Report on sanitation, dispensaries, and jails in Rajputana for 1921, and on vaccination for the year 1921-1922 - 1921-1922
Year: 1921
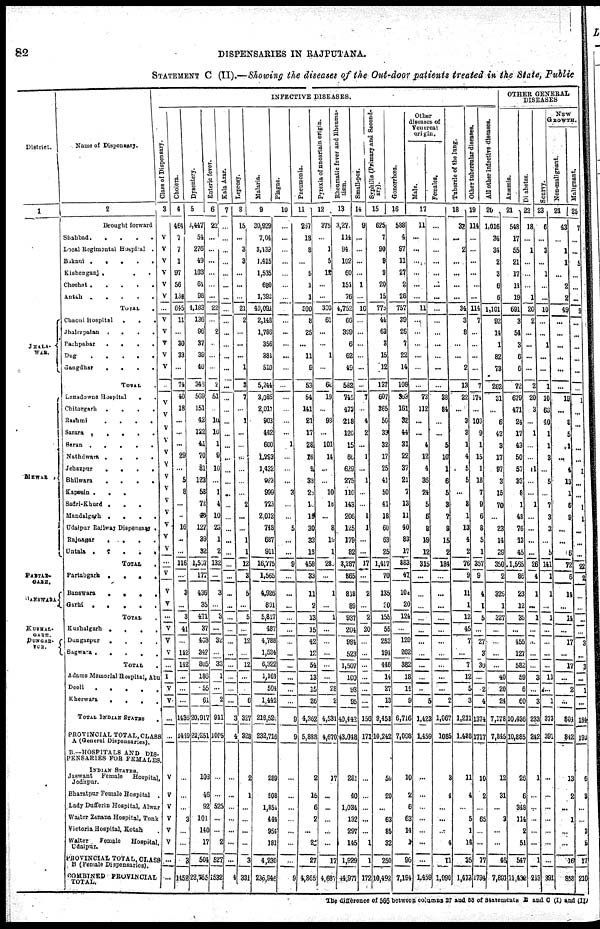
82
DISPENSARIES IN RAJPUTANA.
STATEMENT C (II).—Showing the diseases of the Out-door patients treated in the State, Public
District.
1
JHALA¬
WAR.
MEWAR .
PARTAB¬
GARH.
BANSWARA
KUSHAL¬
GARH.
DUNGAR¬
PUR.
Name of Dispensary.
2
Brought forward
Shahbad
.....
Local Regimental Hospital .
Bikani
Kishenganj ....
Chechat .
.
.
.
.
Antah
.....
TOTAL.
Chaoni Hospital
...
Jhalrapatan
.
.
.
.
Pachpahar
.
.
.
.
Dug
.....
Gangdhar
.
.
.
.
TOTAL.
Lansdowne Hospital
. .
Chitorgarh
.
.
.
.
Rashmi
.
.
.
.
Sarara .
.
.
.
.
Saran .
.
.
.
.
Nathdwara
.
.
.
.
Jehazpur
....
Bhilwara
.
.
.
.
Kapesin ......
Sadri-Khurd ....
Mandalgarh
.
.
.
.
Udaipur Railway Dispensary .
Rajnagar
.
.
.
.
Untala
.....
TOTAL.
Partabgarh
.
.
.
.
Banswara
....
Garhi .....
TOTAL .
Kushalgarh
....
Dungarpur
.
.
.
.
Sagwara
.....
TOTAL .
Adams Memorial Hospital, Abu
Deoli
.....
Kherwara
....
TOTAL INDIAN STATES .
PROVINCIAL TOTAL,CLASS
A (General Dispensaries).
B.—HOSPITALS AND DIS¬
PENSARIES FOR FEMALES.
INDIAN STATES.
Jaswant
Female
Hospital,
Jodhpur.
Bharatpur Female Hospital .
Lady Dufferin Hospital, Alwar
Walter Zenana Hospital, Tonk
Victoria Hospital, Kotah .
Walter
Female
Hospital,
Udaipur.
PROVINCIAL TOTAL, CLASS
B (Female Dispensaries).
COMBINED PROVINCIAL
TOTAL.
INFECTIVE DISEASES.
Class of Dispensary.
3
V
V
V
V
V
V
...
V
V
V
V
V
...
V
V
V
V
V
V
V
V
V
V
V
V
V
V
...
V
V
V
...
V
V
V
...
I
V
V
...
...
V
V
V
V
V
V
...
...
Cholera.
4
464
7
7
1
97
56
138
645
11
...
30
33
...
74
40
18
...
...
...
29
...
5
8
...
...
16
...
...
116
...
3
...
3
41
...
142
142
...
...
...
1436
1449
...
...
...
3
...
...
3
1452
Dysentery.
5
3,447
54
276
49
103
61
98
4,183
136
96
37
39
40
348
569
151
42
122
41
70
81
123
58
72
40
127
39
32
1,567
177
436
35
471
37
463
342
805
186
55
61
20,917
22,251
103
46
92
101
140
17
504
22,755
Enteric fever.
6
22
...
...
...
...
...
...
22
...
2
...
...
...
2
51
...
10
10
1
9
10
...
1
4
10
23
1
2
132
...
3
...
3
...
32
...
33
1
...
2
941
1005
...
...
525
...
...
2
527
1532
Kala Azar.
7
...
...
...
...
...
...
...
...
...
...
...
...
...
...
...
...
...
...
...
...
...
...
...
...
...
...
...
...
...
...
...
...
...
...
...
...
...
...
...
...
3
4
...
...
...
...
...
...
...
4
Leprosy.
8
15
...
3
3
...
...
...
21
2
...
...
...
1
3
7
...
1
...
...
...
...
...
...
2
...
...
1
1
12
3
5
...
5
...
12
...
12
...
...
6
327
328
2
1
...
...
...
...
3
331
Malaria.
9
30,929
7,04
3,439
1,415
1,535
680
1,392
40,094
2,148
1,786
356
384
510
5,244
3,085
2,017
903
442
600
1,293
1,432
923
999
723
2,012
748
687
911
16,775
1,565
4,926
891
5,817
487
4,788
1,534
6,322
1,161
504
1,442
218,520
232,716
289
508
1,854
444
954
181
4,230
236,946
Plague.
10
...
...
...
...
...
...
...
...
...
...
...
...
...
...
...
...
...
...
1
...
...
...
3
...
...
5
...
...
9
...
...
...
...
...
...
...
...
...
...
...
9
9
...
...
...
...
...
...
....
9
Pneumonia.
11
267
18
8
...
5
1
1
300
8
25
...
11
9
53
54
141
21
17
28
16
9
38
25
10
18
30
33
13
458
33
11
2
13
15
42
12
54
13
15
26
4,362
5,888
2
15
6
2
...
21
27
4,865
Pyrexia of uncertain origin.
12
375
...
1
5
12
...
...
393
61
...
...
1
...
62
19
...
93
...
101
14
...
...
10
18
...
8
16
11
285
...
1
...
1
...
...
...
...
...
28
2
4,534
4,670
17
...
...
...
...
...
17
4,887
Rheumatic fever and Rheuma-
tism.
13
3,271
114
94
102
60
154
76
4,752
66
399
6
62
49
582
746
473
218
120
15
66
629
275
110
143
206
125
179
32
3,387
865
848
89
937
204
984
523
1,507
100
93
95
40,442
43,048
281
40
1,034
132
297
145
1,929
44,977
Small-pox.
14
9
...
...
...
...
1
...
10
...
...
...
...
...
...
7
...
4
2
...
1
...
1
...
...
1
1
...
...
17
...
2
...
2
20
...
...
...
...
...
...
156
171
...
...
...
...
...
1
1
172
Syphilis (Primary and Second-
ary).
15
625
7
90
9
9
20
15
775
44
63
3
15
12
137
607
365
50
33
32
17
25
41
50
41
18
60
63
25
1,417
70
135
20
155
55
252
194
446
14
27
13
9,458
10,242
50
20
...
63
85
32
250
10,492
Gonorrhœa.
16
588
4
97
11
27
2
28
757
39
26
7
22
14
108
363
161
38
44
31
22
37
21
7
13
11
40
83
17
383
47
104
20
124
...
120
262
382
18
14
9
6,716
7,098
10
2
6
63
14
1
96
7,194
OTHER GENERAL
DISEASES
Other
diseases of
Venereal
origin.
Male.
Females.
17
11
...
...
...
...
...
...
11
...
...
...
...
...
...
73
112
...
...
4
12
4
36
24
5
6
8
19
12
315
...
...
...
...
...
...
...
...
...
...
5
1,423
1,459
....
...
...
...
...
...
...
1,459
...
...
...
...
...
...
...
...
...
...
...
...
...
...
38
34
...
...
5
10
1
6
5
3
7
9
15
2
184
...
...
...
...
...
...
...
...
...
...
2
1,067
1085
3
4
...
...
...
4
11
1,090
Tubercle of the lung.
18
32
...
2
...
...
...
...
34
3
8
...
...
2
13
22
...
3
3
1
4
5
5
...
3
1
13
4
2
76
9
11
1
12
45
7
...
7
12
5
3
1,211
1,438
11
4
...
5
1
14
35
1,478
Other tubercular diseases.
19
114
...
...
...
...
...
...
114
7
...
...
...
...
7
174
...
103
9
1
15
1
18
7
9
6
8
5
1
357
9
4
1
5
...
27
3
30
...
2
4
1374
1717
10
2
...
65
...
...
77
1794
All other infective diseases.
20
1,016
34
34
2
3
6
6
1,101
92
14
1
82
73
262
31
...
6
42
3
17
97
3
15
70
...
23
14
29
350
2
326
1
327
...
...
...
...
40
20
24
7,178
7,845
12
31
...
3
...
...
46
7,891
Anæmia.
21
548
17
55
21
17
14
19
691
3
54
3
6
6
72
679
471
24
17
43
50
57
33
8
1
48
76
13
45
1,565
86
23
12
35
...
455
127
582
59
6
60
10,436
10,885
26
6
348
114
2
51
547
11,432
Diabetes.
22
18
...
1
...
...
...
1
20
2
...
...
...
...
2
20
3
...
1
...
...
11
...
...
1
...
...
...
...
26
4
1
...
1
...
...
...
...
3
...
3
233
242
1
...
...
...
...
...
1
213
Scurvy.
23
6
...
3
...
1
...
...
10
...
...
1
...
...
1
10
63
40
1
1
3
...
5
...
7
3
3
...
5
141
1
1
...
1
...
...
...
...
13
...
1
373
391
...
...
...
...
...
...
...
391
NEW
GROWTH.
Non-malignant.
24
43
...
1
1
...
2
2
49
...
...
...
...
...
...
19
...
8
5
1
...
4
13
1
6
9
...
...
6
72
6
14
...
14
...
17
...
17
...
2
...
804
342
13
2
...
1
...
...
16
858
Malignant.
25
7
...
...
5
...
...
...
9
...
...
...
...
...
...
1
...
...
...
...
...
1
...
...
1
1
...
...
...
22
2
...
...
...
...
3
...
3
...
1
...
184
193
6
3
...
...
3
5
17
210
The difference of 566 between columns 27 and 53 of Statement B and C (I) and (II)